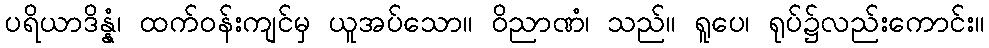
ပရိယာဒိန္နံ၊ ထက်ဝန်းကျင်မှ ယူအပ်သော။ ဝိညာဏံ၊ သည်။ ရူပေ၊ ရုပ်၌လည်းကောင်း။